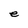
Character: e